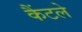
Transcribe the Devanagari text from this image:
कैंटले